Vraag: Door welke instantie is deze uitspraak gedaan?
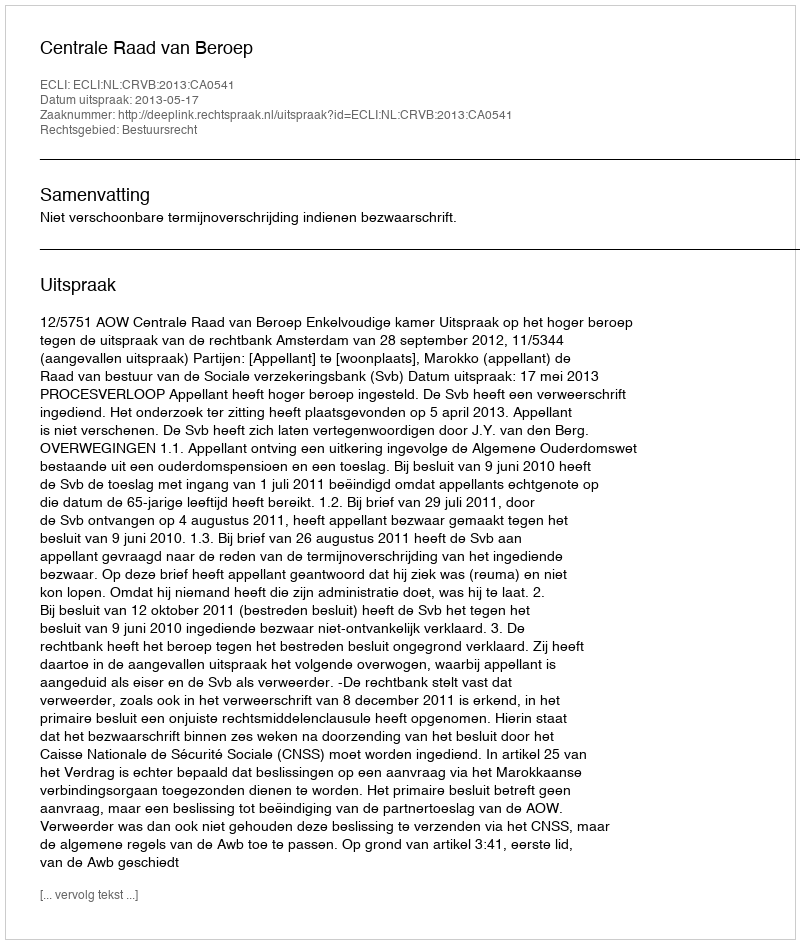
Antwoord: Centrale Raad van Beroep